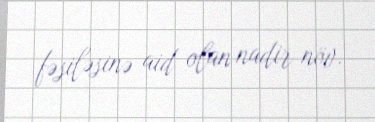
fəsiləsinə aid olan nadir növ.